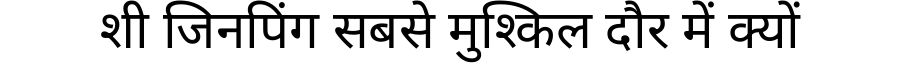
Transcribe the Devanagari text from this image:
शी जिनपिंग सबसे मुश्किल दौर में क्यों